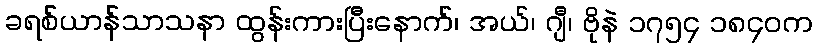
ခရစ်ယာန်သာသနာ ထွန်းကားပြီးနောက်၊ အယ်၊ ဂျီ၊ ဗိုနဲ ၁၇၅၄ ၁၈၄၀က